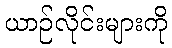
ယာဉ်လိုင်းများကို